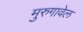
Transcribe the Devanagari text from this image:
मुरुगावेल